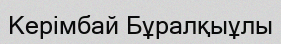
Керімбай Бұралқыұлы